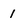
Character: 1